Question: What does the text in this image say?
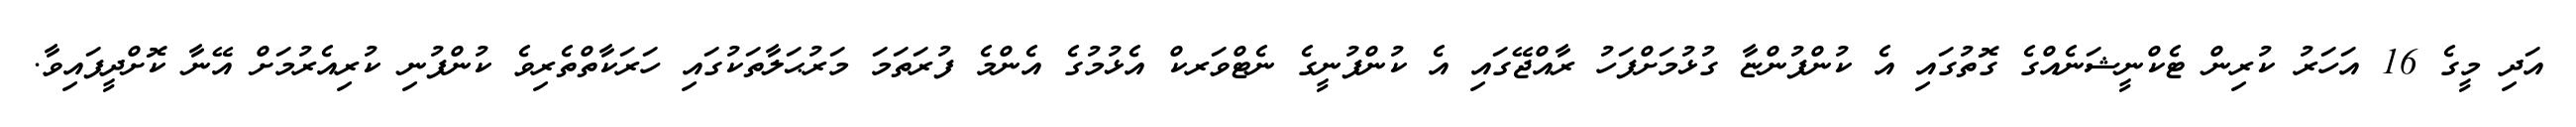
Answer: އަދި މީގެ 16 އަހަރު ކުރިން ޓެކްނީޝަނެއްގެ ގޮތުގައި އެ ކުންފުންޏާ ގުޅުމަށްފަހު ރާއްޖޭގައި އެ ކުންފުނީގެ ނެޓްވަރކް އެޅުމުގެ އެންމެ ފުރަތަމަ މަރުޙަލާތަކުގައި ހަރަކާތްތެރިވެ ކުންފުނި ކުރިއެރުމަށް އޭނާ ކޮށްދީފައިވާ.